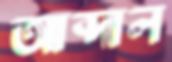
আব্দাল